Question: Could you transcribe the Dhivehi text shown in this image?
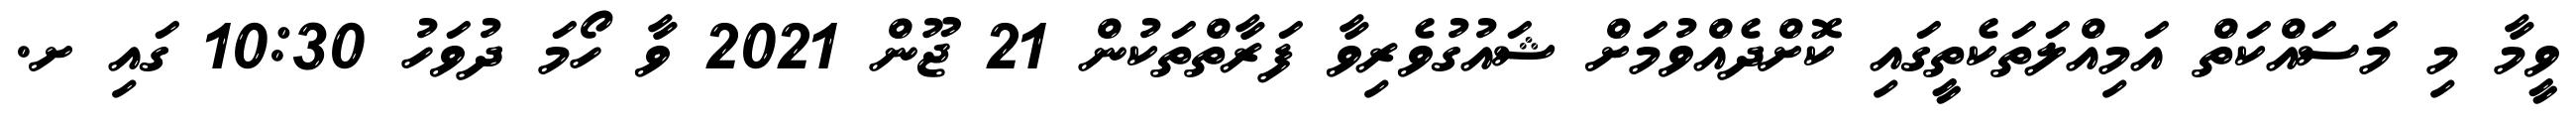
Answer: ވީމާ މި މަސައްކަތް އަމިއްލަތަކެތީގައި ކޮށްދެއްވުމަށް ޝައުގުވެރިވާ ފަރާތްތަކުން 21 ޖޫން 2021 ވާ ހޯމަ ދުވަހު 10:30 ގައި ށ.